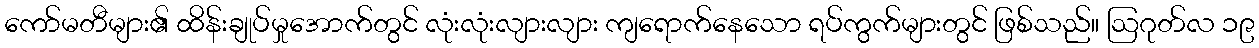
ကော်မတီများ၏ ထိန်းချုပ်မှုအောက်တွင် လုံးလုံးလျားလျား ကျရောက်နေသော ရပ်ကွက်များတွင် ဖြစ်သည်။ ဩဂုတ်လ ၁၉